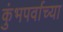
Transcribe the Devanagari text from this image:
कुंभपर्वाच्या